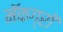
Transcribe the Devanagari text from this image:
मॅकग्रॉ